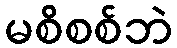
မစိစစ်ဘဲ